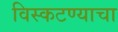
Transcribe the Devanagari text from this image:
विस्कटण्याचा